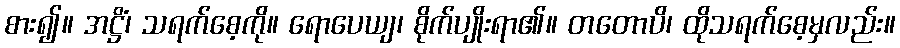
စား၍။ အဋ္ဌိံ၊ သရက်စေ့ကို။ ရောပေယျ၊ စိုက်ပျိုးရာ၏။ တတောပိ၊ ထိုသရက်စေ့မှလည်း။